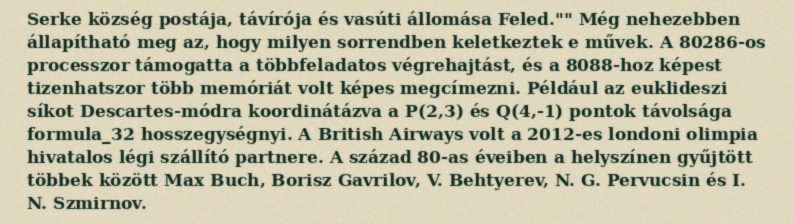
Serke község postája, távírója és vasúti állomása Feled."" Még nehezebben állapítható meg az, hogy milyen sorrendben keletkeztek e művek. A 80286-os processzor támogatta a többfeladatos végrehajtást, és a 8088-hoz képest tizenhatszor több memóriát volt képes megcímezni. Például az euklideszi síkot Descartes-módra koordinátázva a P(2,3) és Q(4,-1) pontok távolsága formula_32 hosszegységnyi. A British Airways volt a 2012-es londoni olimpia hivatalos légi szállító partnere. A század 80-as éveiben a helyszínen gyűjtött többek között Max Buch, Borisz Gavrilov, V. Behtyerev, N. G. Pervucsin és I. N. Szmirnov.